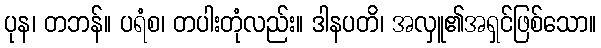
ပုန၊ တဘန်။ ပရံစ၊ တပါးတုံလည်း။ ဒါနပတိ၊ အလှူ၏အရှင်ဖြစ်သော။